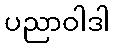
ပညာဝါဒါ